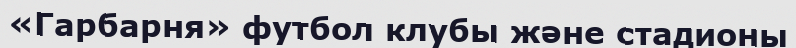
«Гарбарня» футбол клубы және стадионы